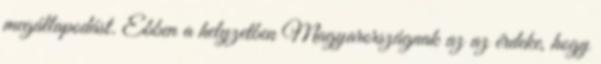
megállapodást. Ebben a helyzetben Magyarországnak az az érdeke, hogy